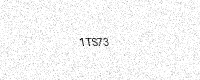
Text: 1TS73